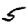
Digit: 5